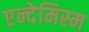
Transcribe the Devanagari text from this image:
एन्देमिस्म